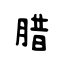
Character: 腊